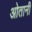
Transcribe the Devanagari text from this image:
ओतानी